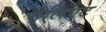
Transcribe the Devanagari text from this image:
मैलिएट